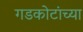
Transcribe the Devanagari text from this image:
गडकोटांच्या